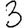
Digit: 3